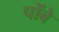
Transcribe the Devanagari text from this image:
पोंबे